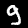
Label: 9